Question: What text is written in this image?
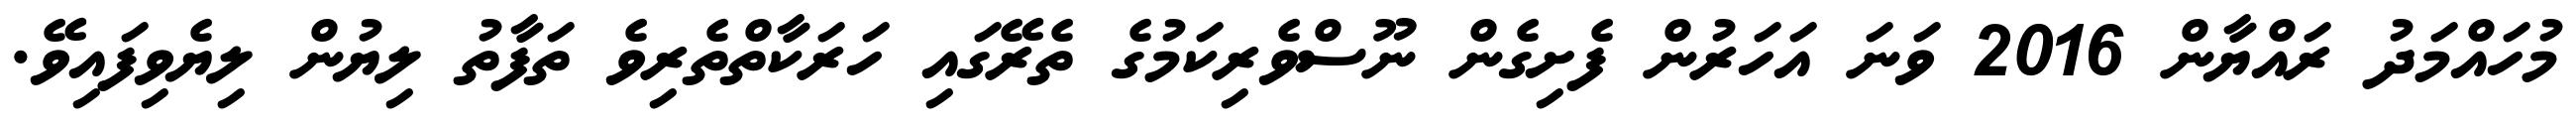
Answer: މުހައްމަދު ރައްޔާން 2016 ވަނަ އަހަރުން ފެށިގެން ނޫސްވެރިކަމުގެ ތެރޭގައި ހަރަކާތްތެރިވެ ތަފާތު ލިޔުން ލިޔެވިފައިވޭ.